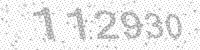
Solution: 112930